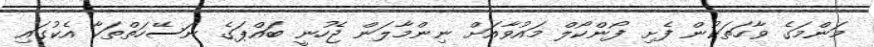
މަންމަގެ ވާހަތަކުން ފެށި ފޯންކޯލް މައުވާއަށް ނިންމާލަން ޖެހުނީ ބައްޕަގެ ނަސޭހަތްތަކާ އެކުގައި